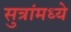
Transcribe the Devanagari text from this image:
सुत्रांमध्ये